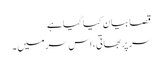
قصا بیان کیا گیا ہے
سر پربھاتی، اس سر میں ۔